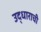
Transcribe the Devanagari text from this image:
उद्धाराची